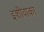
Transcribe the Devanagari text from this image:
इशीवाका